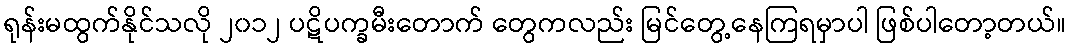
ရုန်းမထွက်နိုင်သလို ၂၀၁၂ ပဋိပက္ခမီးတောက် တွေကလည်း မြင်တွေ့နေကြရမှာပါ ဖြစ်ပါတော့တယ်။